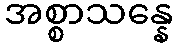
အစ္စာသန္နေ